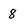
Character: 8